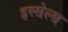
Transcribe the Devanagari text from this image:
इस्सेल्स